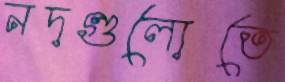
নদগুলোতে